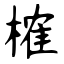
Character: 榷